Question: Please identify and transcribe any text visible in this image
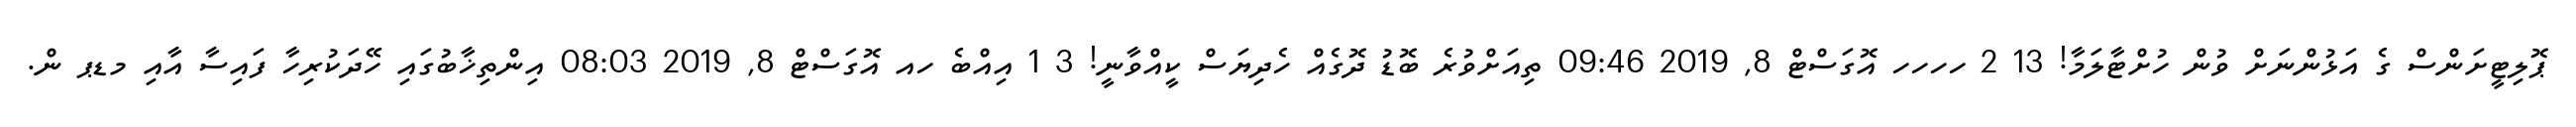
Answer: ޕޮލިޓީށަންސް ގެ އަޅުންނަށް ވުން ހުށްޓާލަމާ! 13 2 ހހހހ އޮގަސްޓް 8, 2019 09:46 ތިއަށްވުރެ ބޮޑު ދޮގެއް ހެދިޔަސް ކީއްވާނީ! 3 1 އިއްބެ ހއ އޮގަސްޓް 8, 2019 08:03 އިންތިޚާބުގައި ހޭދަކުރިހާ ފައިސާ އާއި މޑޕ ން.